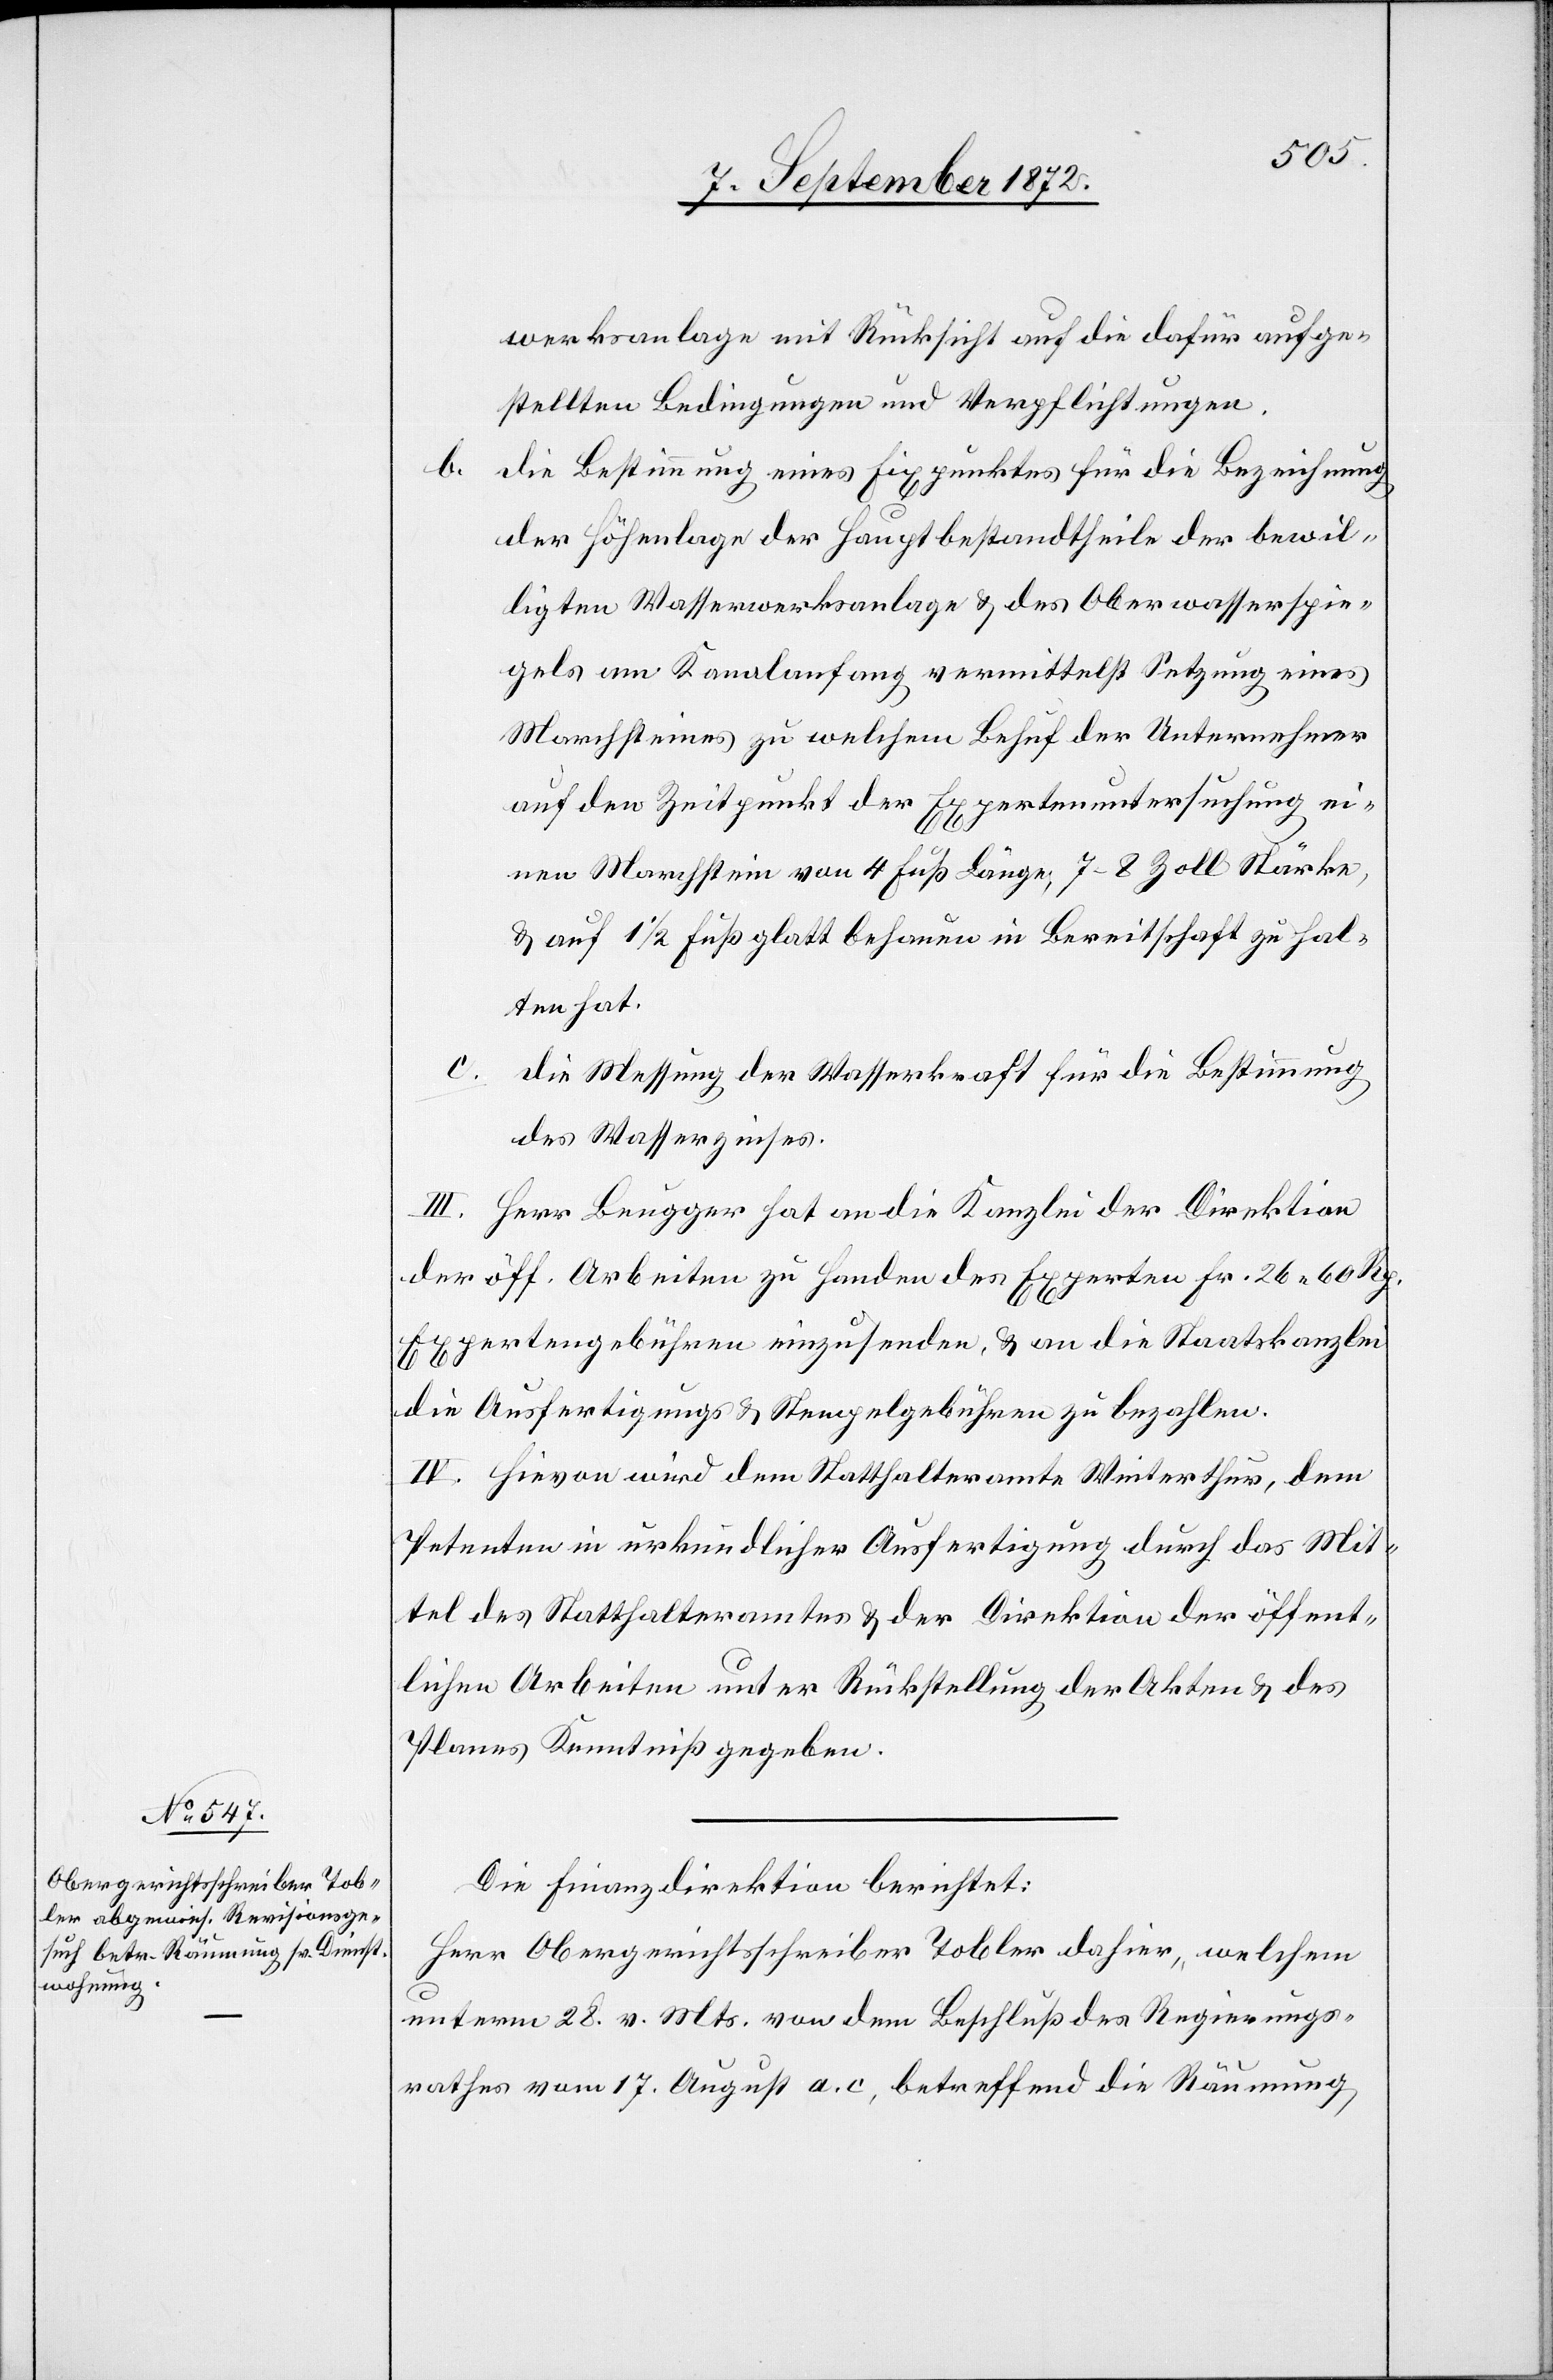
werksanlage mit Rücksicht auf die dafür aufge¬
stellten Bedingungen und Verpflichtungen.
b. die Bestimmung eines Fixpunktes für die Bezeichnung
der Höhenlage der Hauptbestandtheile der bewil¬
ligten Wasserwerksanlage u. des Oberwasserspie¬
gels am Kanalanfang vermittelst Setzung eines
Marchsteines zu welchem Behuf der Unternehmer
auf den Zeitpunkt der Expertenuntersuchung ei¬
nen Marchstein von 4 Fuß Länge, 7–8 Zoll Stärke,
u. auf 1 1/2 Fuß glatt behauen in Bereitschaft zu hal¬
ten hat.
c. die Messung der Wasserkraft für die Bestimmung
des Wasserzinses.
III. Herr Beugger hat an die Kanzlei der Direktion
der öff. Arbeiten zu Handen des Experten Fr. 26 60 Rp.
Expertengebühren einzusenden, u. an die Staatskanzlei
die Ausfertigungs- u. Stempelgebühren zu bezahlen.
IV. Hievon wird dem Statthalteramte Winterthur, dem
Petenten in urkundlicher Ausfertigung durch das Mit¬
tel des Statthalteramtes u. der Direktion der öffent¬
lichen Arbeiten unter Rückstellung der Akten u. des
Planes Kenntniß gegeben.
Die Finanzdirektion berichtet:
Herr Obergerichtsschreiber Tobler dahier, welchem
unterm 28. v. Mts. von dem Beschluß des Regierungs¬
rathes vom 17. August a. c., betreffend die Räumung